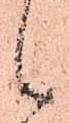
候